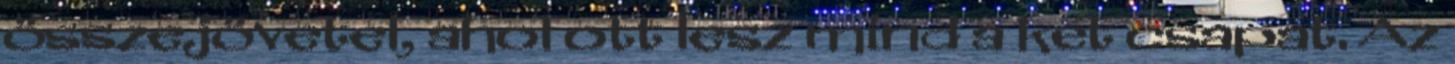
összejövetel, ahol ott lesz mind a két csapat. Az